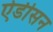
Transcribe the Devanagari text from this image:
ऐडीसन